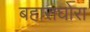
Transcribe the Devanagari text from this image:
बहाराघोरा